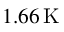
1 . 6 6 \, \mathrm { K }